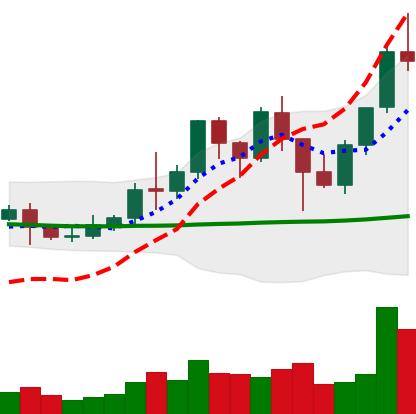
Ticker: LINK-USD
Chart end date: 2021-01-16
Forward return: -8.874%
Label: down_7plus